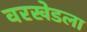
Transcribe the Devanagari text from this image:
वरखेडला